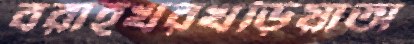
বরাহখরখড়িয়াঅ